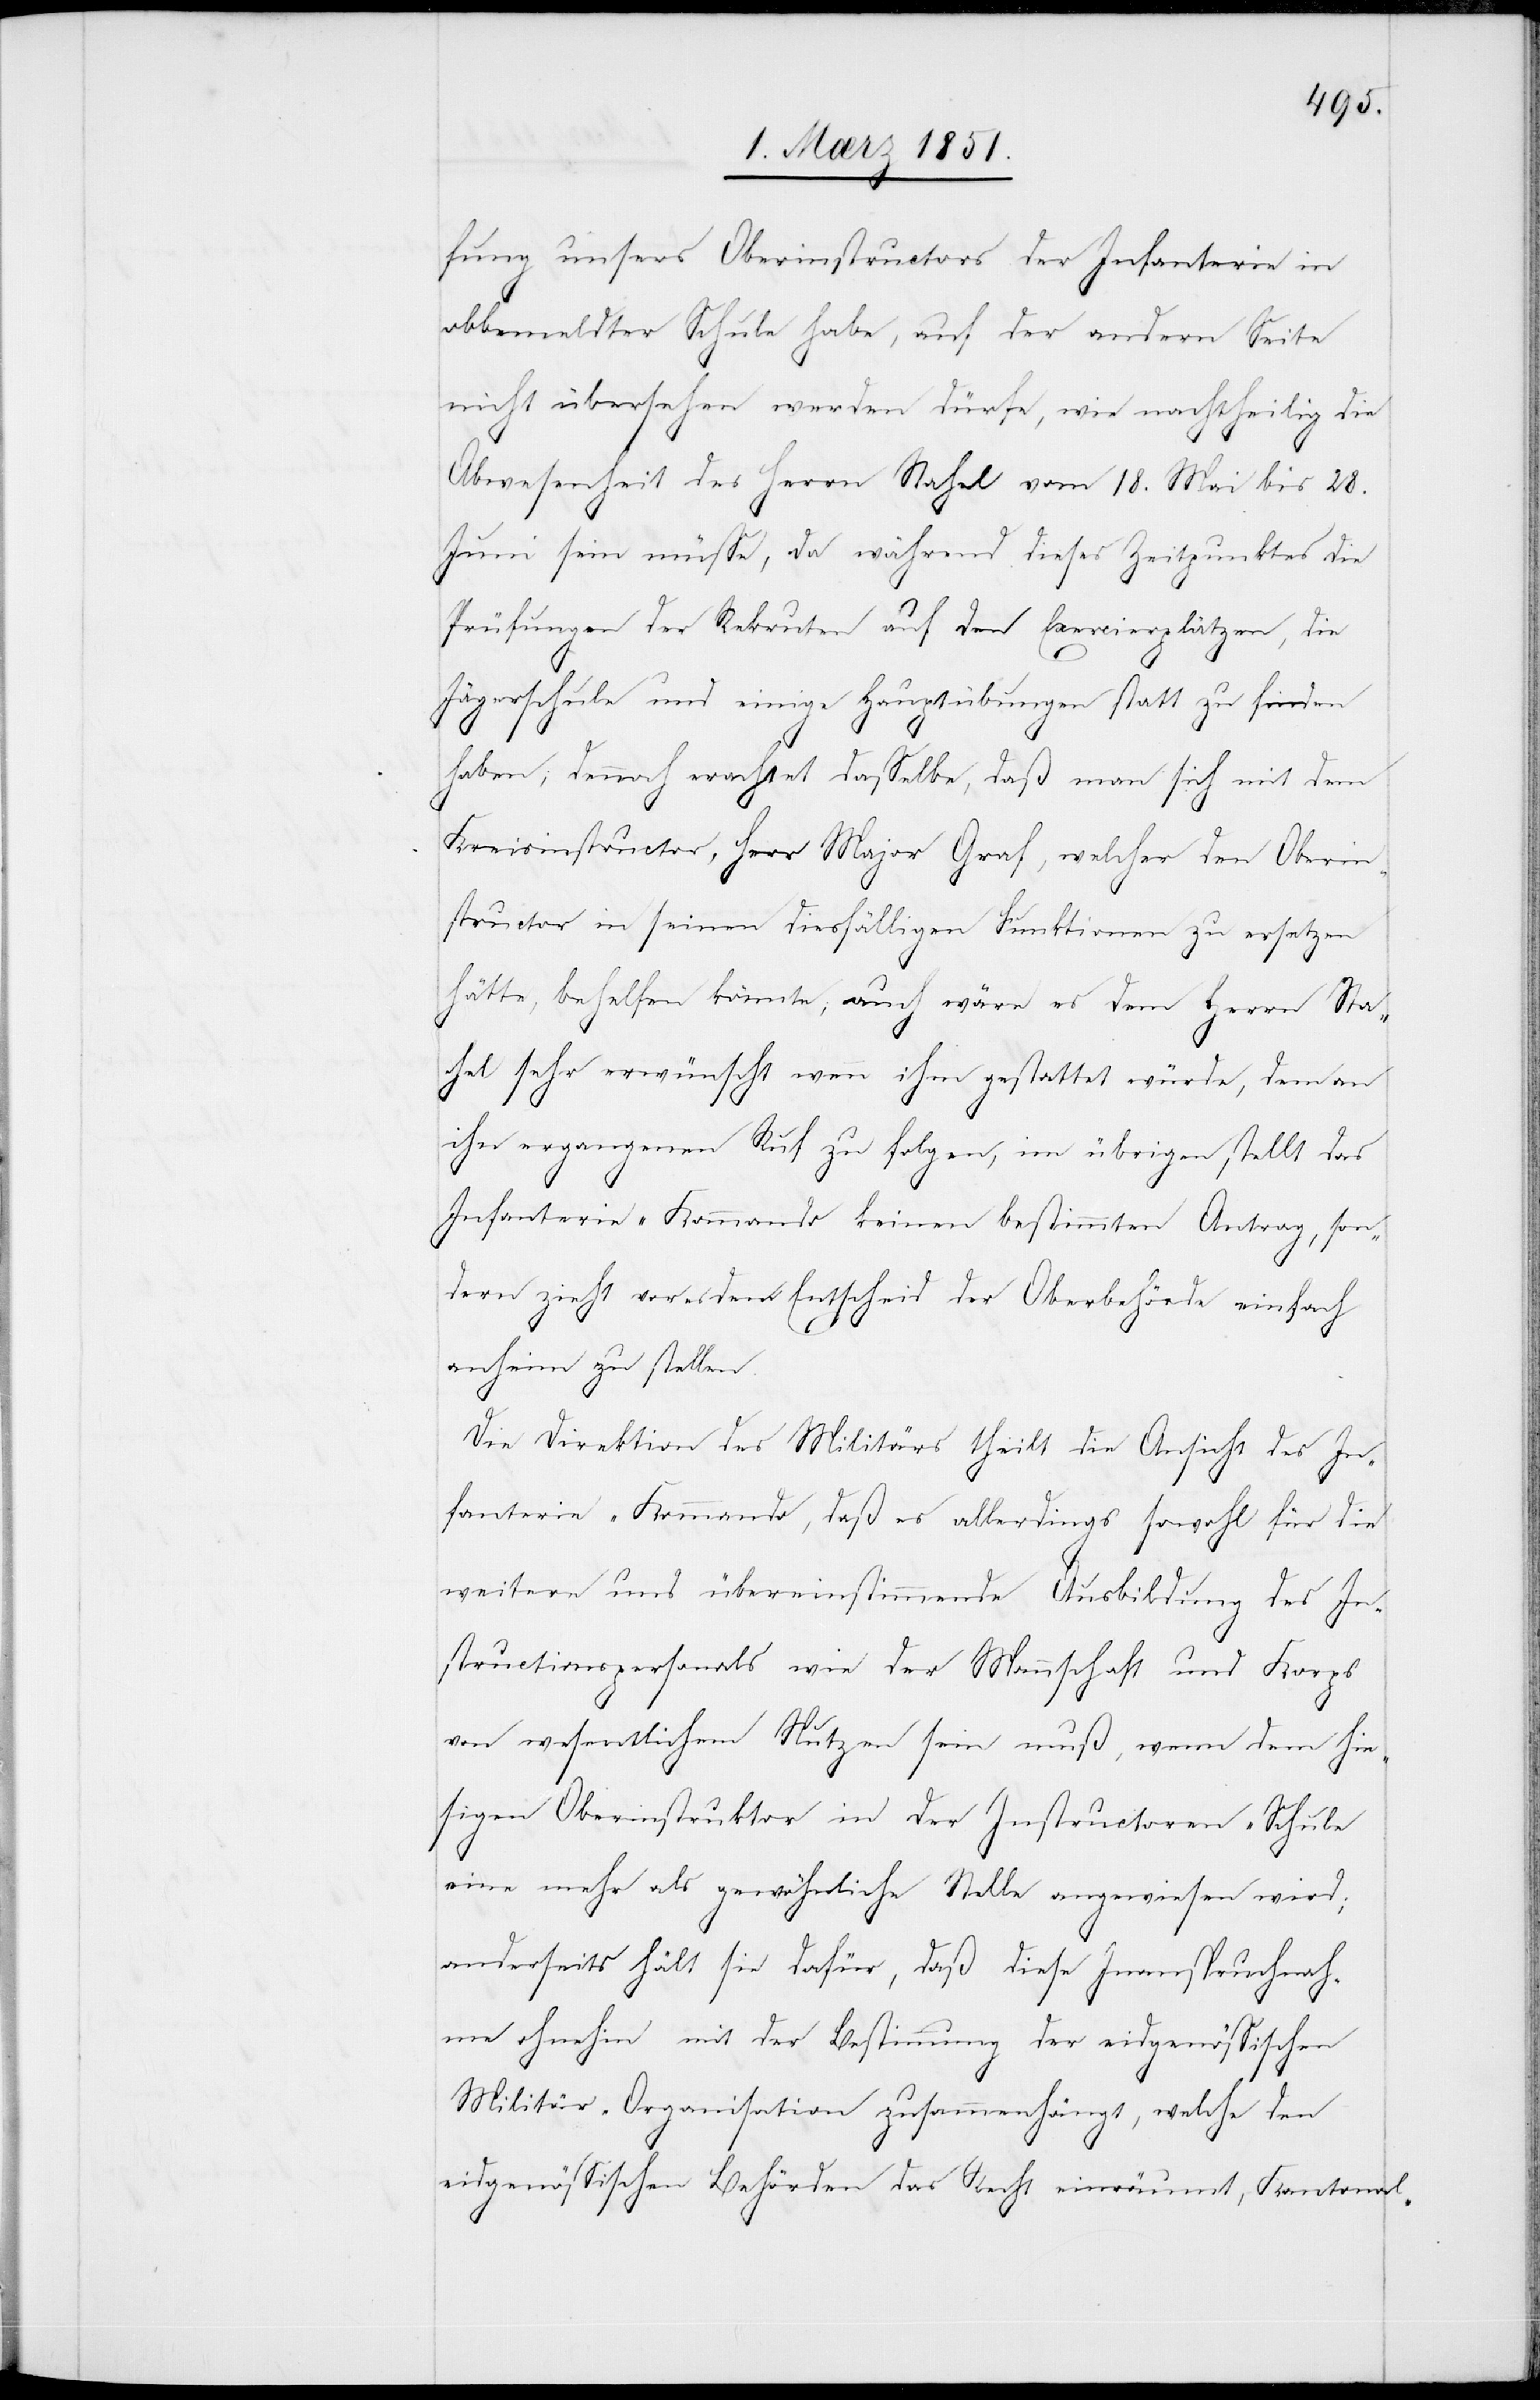
fung unsers Oberinstructors der Infanterie in
obbemeldter Schule habe, auf der andern Seite
nicht übersehen werden dürfe, wie nachtheilig die
Abwesenheit des Herrn Stahel vom 18. Mai bis 28.
Juni sein müsse, da während dieses Zeitpunktes die
Prüfungen der Rekruten auf den Exercierplätzen, die
Jägerschule und einige Hauptübungen statt zu finden
haben; dennoch erachtet dasselbe, daß man sich mit dem
Kreisinstructor, Herr Major Graf, welcher den Oberin¬
structor in seinen diesfälligen Funktionen zu ersetzen
hätte, behelfen könnte; auch wäre es dem Herrn Sta¬
hel sehr erwünscht wenn ihm gestattet würde, dem an
ihn ergangenen Ruf zu folgen, im übrigen stellt das
Infanterie-Kommando keinen bestimmten Antrag, son¬
dern zieht vor es dem Entscheid der Oberbehörde einfach
anheim zu stellen.
Die Direktion des Militärs theilt die Ansicht des In¬
fanterie-Kommando, daß es allerdings sowohl für die
weitere und übereinstimmende Ausbildung des In¬
structionspersonals wie der Mannschaft und Korps
von wesentlichem Nutzen sein muß, wenn dem hie¬
sigen Oberinstruktor in der Instructoren-Schule
eine mehr als gewöhnliche Stelle angewiesen wird;
anderseits hält sie dafür, daß diese Inanspruchnah¬
me ohnehin mit der Bestimmung der eidgenössischen
Militär-Organisation zusammenhängt, welche den
eidgenössischen Behörden das Recht einräumt, Kantonal-